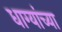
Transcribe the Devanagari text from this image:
धाग्यांच्या